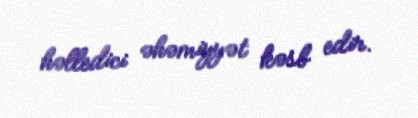
həlledici əhəmiyyət kəsb edir.